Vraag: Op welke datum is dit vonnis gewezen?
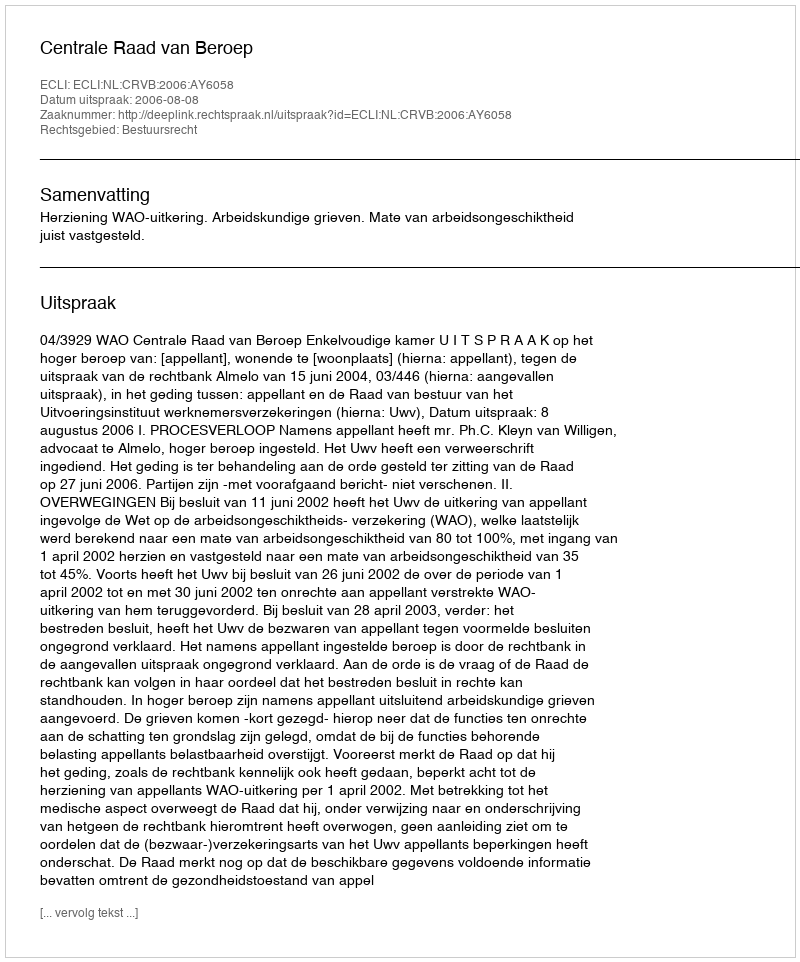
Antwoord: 2006-08-08